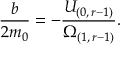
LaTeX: \frac { b } { 2 m _ { 0 } } = - \frac { U _ { ( 0 , \, r - 1 ) } } { \Omega _ { ( 1 , \, r - 1 ) } } .